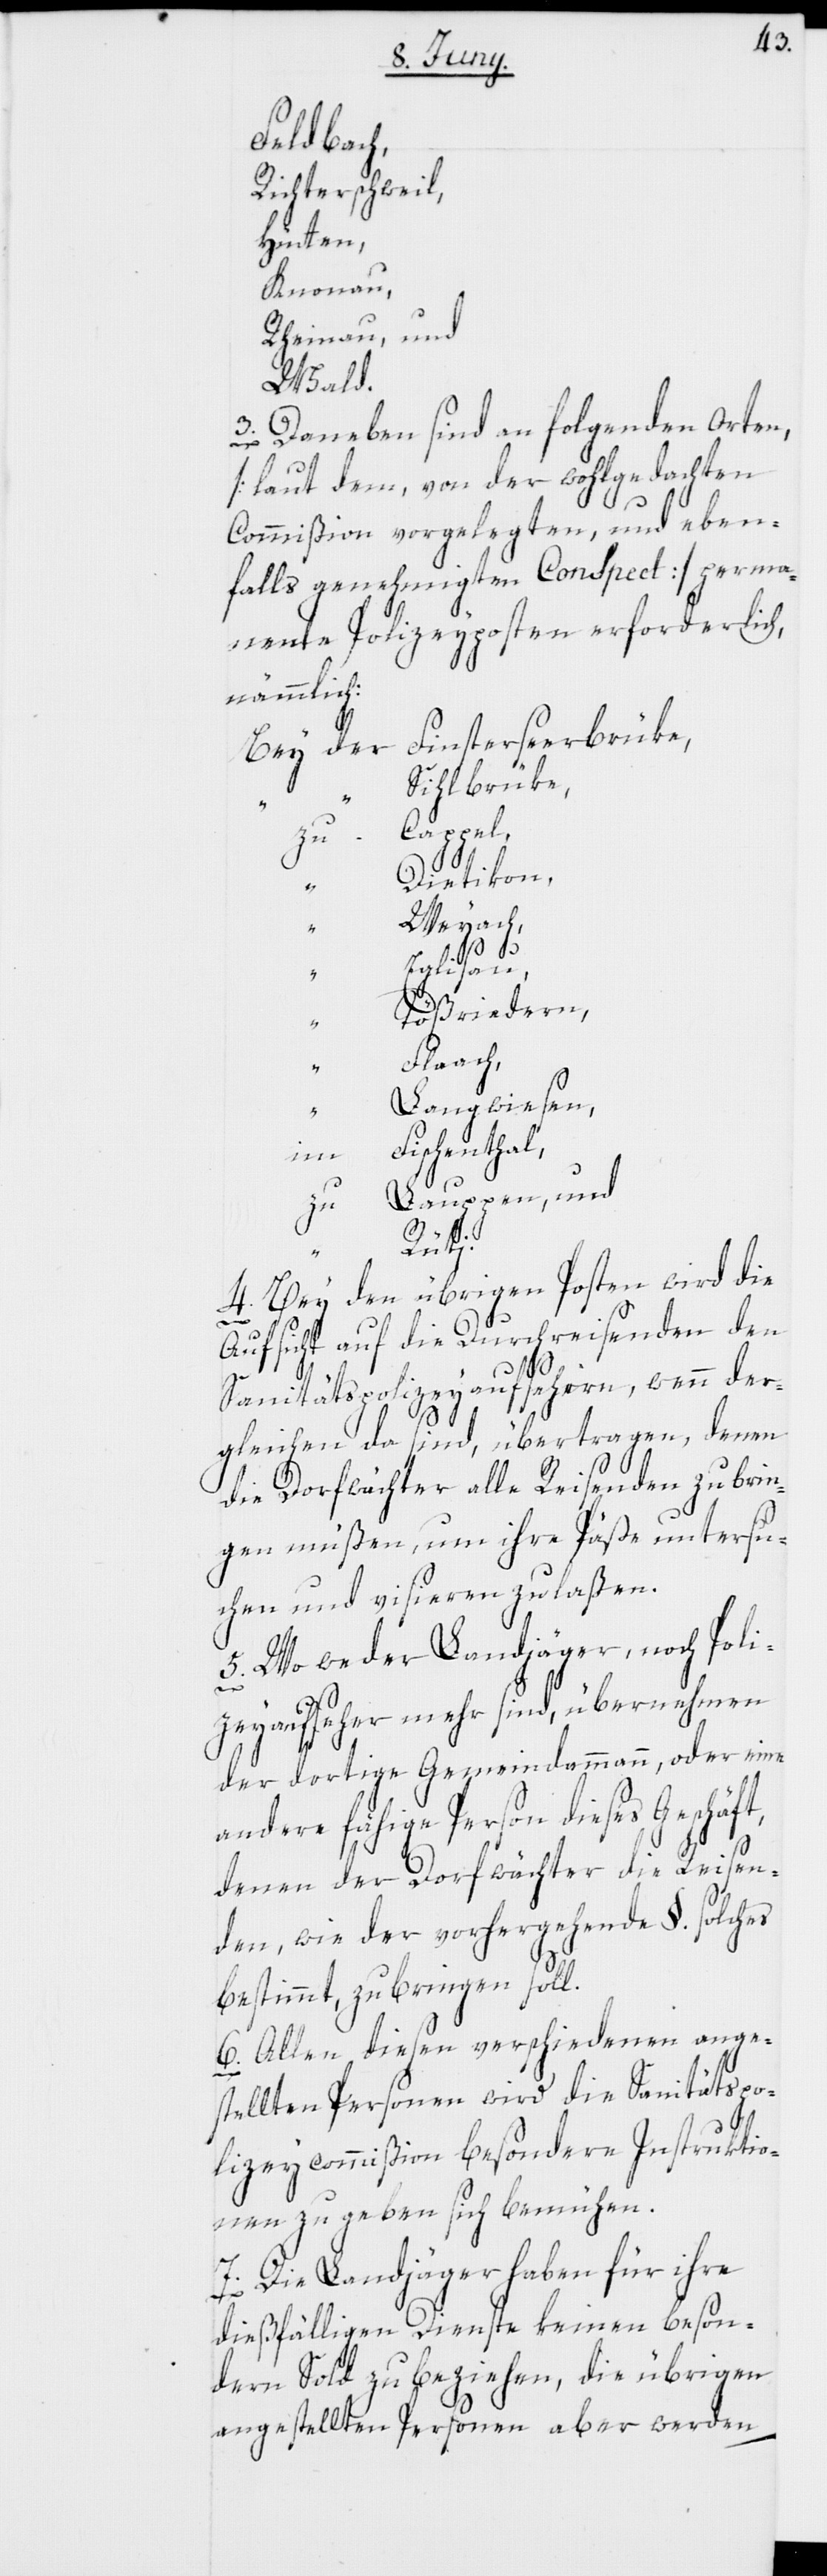
Feldbach,
Richterschweil,
Hütten,
Knonau,
Rheinau, und
Wald.
3. Daneben sind an folgenden Orten,
[laut dem, von der wohlgedachten
Commißion vorgelegten, und eben¬
falls genehmigten Conspect] perma¬
nente Polizeyposten erforderlich,
nämmlich:
Finsterseerbrüke,
Bey der
Sihlbrüke
Cappel,
Dietikon,
“
Weiach,
Eglisau,
Tößriedern,
Flaach,
Langwiesen,
Fischenthal,
im
Lauppen, und
zu
Rüti.
4. Bey den übrigen Posten wird die
Aufsicht auf die Durchreisenden den
Sanitätspolizeyaufsehern, wenn der¬
gleichen da sind, übertragen, denen
die Dorfwächter alle Reisenden zubrin¬
gen müßen, um ihre Päße untersu¬
chen und visieren zu laßen.
5. Wo weder Landjäger, noch Poli¬
zeyaufseher mehr sind, übernehmen
der dortige Gemeindammann, oder eine
andere fähige Person dieses Geschäft,
denen der Dorfwächter die Reisen¬
den, wie der vorhergehende §. solches
bestimmt, zubringen soll.
6. Allen diesen verschiedenen ange¬
stellten Personen wird die Sanitätspo¬
lizeycommißion besondere Instruktio¬
nen zu geben sich bemühen.
7. Die Landjäger haben für ihre
dießfälligen Dienste keinen beson¬
dern Sold zu beziehen, die übrigen
angestellten Personen aber werden